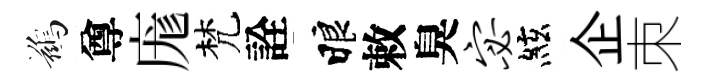
鷀尊庬梵詮睱敕臭宓絃企朿